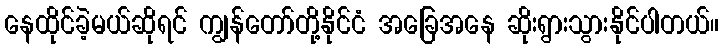
နေထိုင်ခဲ့မယ်ဆိုရင် ကျွန်တော်တို့နိုင်ငံ အခြေအနေ ဆိုးရွားသွားနိုင်ပါတယ်။